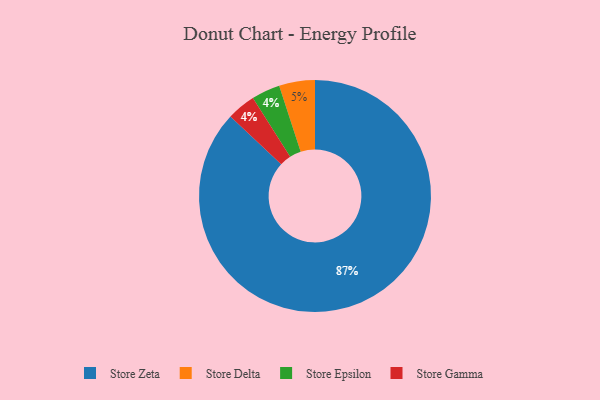
{"axis": {"x": "Category", "y": "Percentage"}, "legend": ["Store Delta", "Store Epsilon", "Store Gamma", "Store Zeta"], "data": [{"x": "Store Delta", "y": 5, "type": "Store Delta"}, {"x": "Store Zeta", "y": 87, "type": "Store Zeta"}, {"x": "Store Epsilon", "y": 4, "type": "Store Epsilon"}, {"x": "Store Gamma", "y": 4, "type": "Store Gamma"}]}